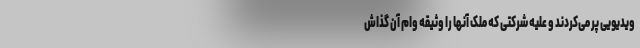
ویدیویی پر می‌کردند و علیه شرکتی که ملک آنها را وثیقه وام آن گذاش